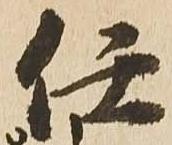
任